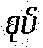
စုပ်